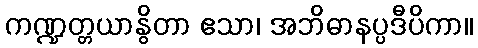
ကဏ္ဍတ္တယာနွိတာ ဧသာ၊ အဘိဓာနပ္ပဒီပိကာ။